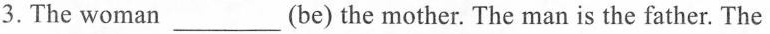
3.The woman ___ (be) the mother. The man is the father. The